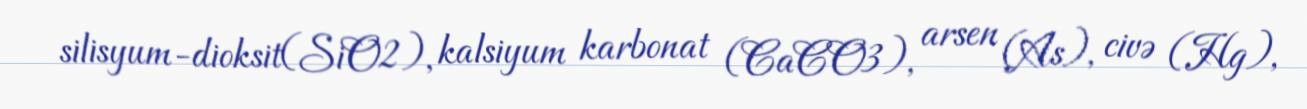
silisyum-dioksit(SiO2), kalsiyum karbonat (CaCO3), arsen (As), civə (Hg),